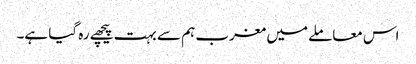
اس معاملے میں مغرب ہم سے بہت پیچھے رہ گیا ہے۔